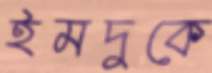
ইমদুকে